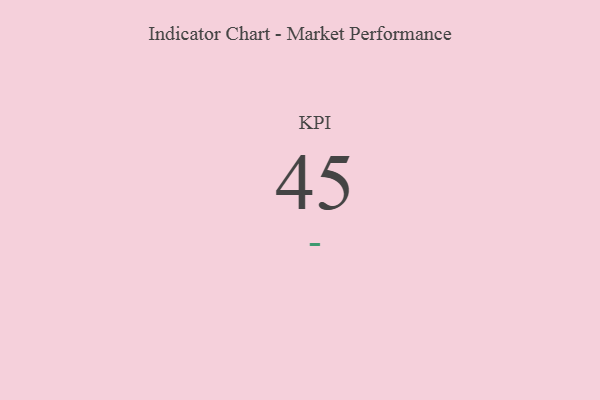
{"axis": {"x": "KPI", "y": "Value"}, "legend": [""], "data": [{"x": "KPI", "y": 45, "type": ""}]}